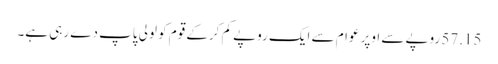
57.15 روپے سے اوپر عوام سے ایک روپے کم کرکے قوم کو لولی پاپ دے رہی ہے۔